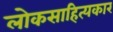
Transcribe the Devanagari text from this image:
लोकसाहित्यकार